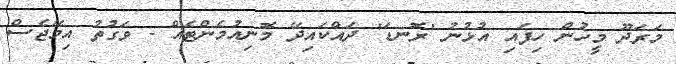
މަރަދޫ މީހުން ހިފައި އުޅުނު 'ރޮނޑަ' ދައްކައިދޭ މޮނިއުމެންޓެއް - ވަގުތު އިމޭޖެސް